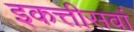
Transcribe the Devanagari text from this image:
इकत्तीसवां